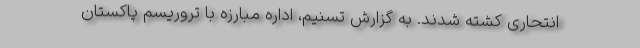
انتحاری کشته شدند. به گزارش تسنیم، اداره مبارزه با تروریسم پاکستان